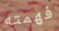
فهمته